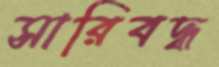
সারিবদ্ধ